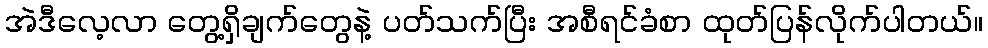
အဲဒီလေ့လာ တွေ့ရှိချက်တွေနဲ့ ပတ်သက်ပြီး အစီရင်ခံစာ ထုတ်ပြန်လိုက်ပါတယ်။